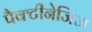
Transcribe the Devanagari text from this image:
पैक्टीनेजिज